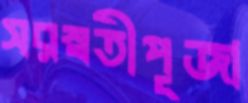
সরস্বতীপূজা